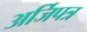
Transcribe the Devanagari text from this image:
अर्जिपत्र